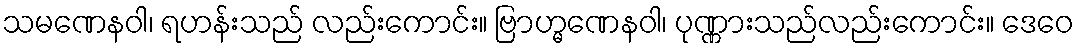
သမဏေနဝါ၊ ရဟန်းသည် လည်းကောင်း။ ဗြာဟ္မဏေနဝါ၊ ပုဏ္ဏားသည်လည်းကောင်း။ ဒေဝေ